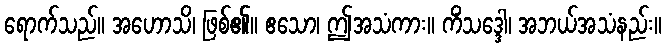
ရောက်သည်။ အဟောသိ၊ ဖြစ်၏။ ဧသော၊ ဤအသံကား။ ကိံသဒ္ဒေါ၊ အဘယ်အသံနည်း။